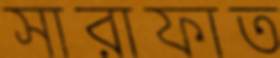
সারাফাত